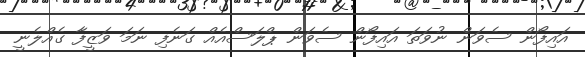
އައިފޯން ސެވަން ނުވަތަ އައިފޯން ސެވަން ޕްލަސްއެއް ގަނެފި ނަމަ ވަޒީފާ ގެއްލެނީ